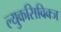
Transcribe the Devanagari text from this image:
ल्युकसिविक्ज